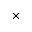
\times